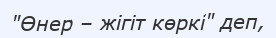
"Өнер – жігіт көркі" деп,